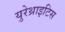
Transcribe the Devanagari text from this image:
युरेथ्राइटिस